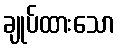
ချုပ်ထားသော